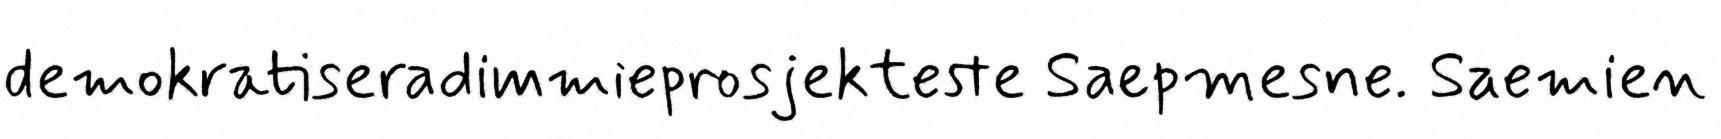
demokratiseradimmieprosjekteste Saepmesne. Saemien